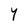
Character: Y